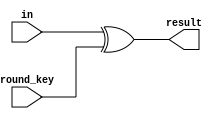
module AddRoundKey (

    input [127:0] in,
    input [127:0] round_key,
    output [127:0] result
    
);

assign result = in ^ round_key;

endmodule